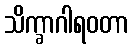
သိက္ခာဂါရဝတာ